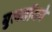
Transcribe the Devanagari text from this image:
बुलडॉगने